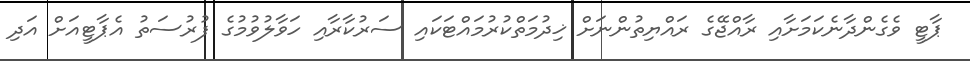
ޕާޓީ ވެގެންދާނެކަމަށާއި ރާއްޖޭގެ ރައްޔިތުންނަށް ޚިދުމަތްކުރުމައްޓަކައި ސަރުކާރާއި ހަވާލުވުމުގެ ފުރުސަތު އެޕާޓީއަށް އަދި